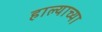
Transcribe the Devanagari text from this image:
हाल्याच्या